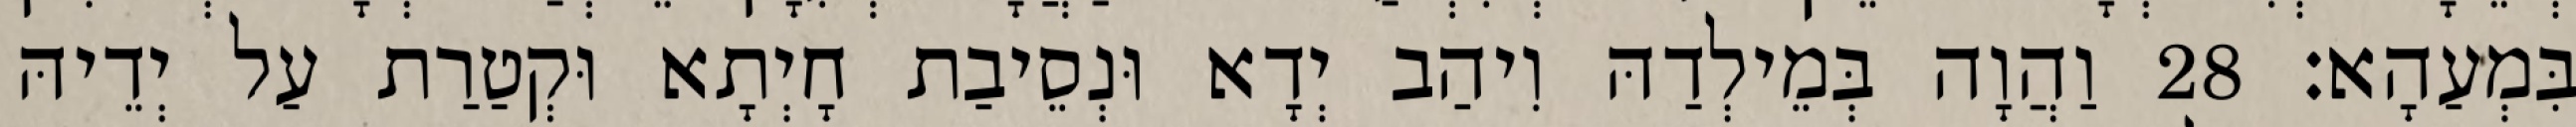
בִּמְעַהָא׃ 28 וַהֲוָה בְּמֵילְדַהּ וִיהַב יְדָא וּנְסֵיבַת חָיְתָא וּקְטַרַת עַל יְדֵיהּ